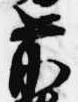
前